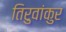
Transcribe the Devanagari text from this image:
तिरुवांकुर